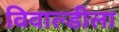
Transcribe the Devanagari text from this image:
विवाल्डीला